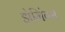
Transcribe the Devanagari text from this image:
डोमिंग्स